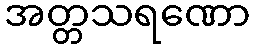
အတ္တသရဏော